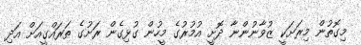
މިގޮތުން މިރަށަކީ ޒުވާނުންނާ ދޮށީ އުމުރުގެ މީހުން ގުޅިގެން ރަށުގެ ތަރައްގީއަށް އަދި